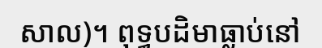
សាល)។ ពុទ្ធបដិមាធ្លាប់នៅ